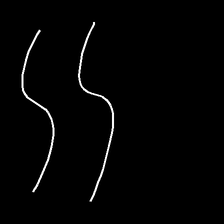
Glyph: float